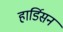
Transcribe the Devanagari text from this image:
हार्डिसन